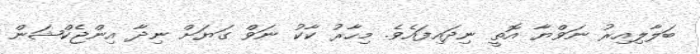
ބަލާލިއިރު ނަވްޔާ އޮތީ ނިދައިފައެވެ. މިހާރު ކާކު ނަވް ގަޔަށް ނިދާ އިންޖެކްޝަން